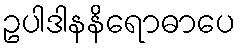
ဥပါဒါနနိရောဓာပေ